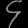
Digit: ၄